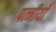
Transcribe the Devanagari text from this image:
पत्नीयाँ